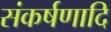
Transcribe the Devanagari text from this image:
संकर्षणादि